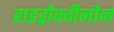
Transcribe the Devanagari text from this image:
हाइड्रोक्वीनोन